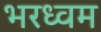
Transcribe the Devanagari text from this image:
भरध्वम